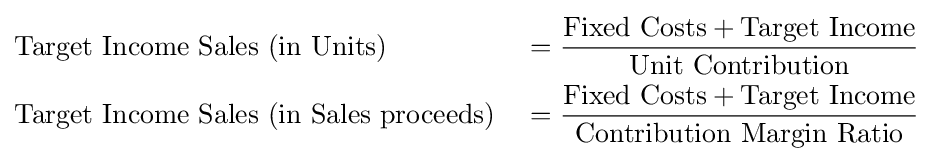
{\begin{aligned}&{\text{Target Income Sales (in Units)}}&&={\frac {{\text{Fixed Costs}}+{\text{Target Income}}}{\text{Unit Contribution}}}\\&{\text{Target Income Sales (in Sales proceeds)}}&&={\frac {{\text{Fixed Costs}}+{\text{Target Income}}}{\text{Contribution Margin Ratio}}}\end{aligned}}